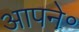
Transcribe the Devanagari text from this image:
आपने॰